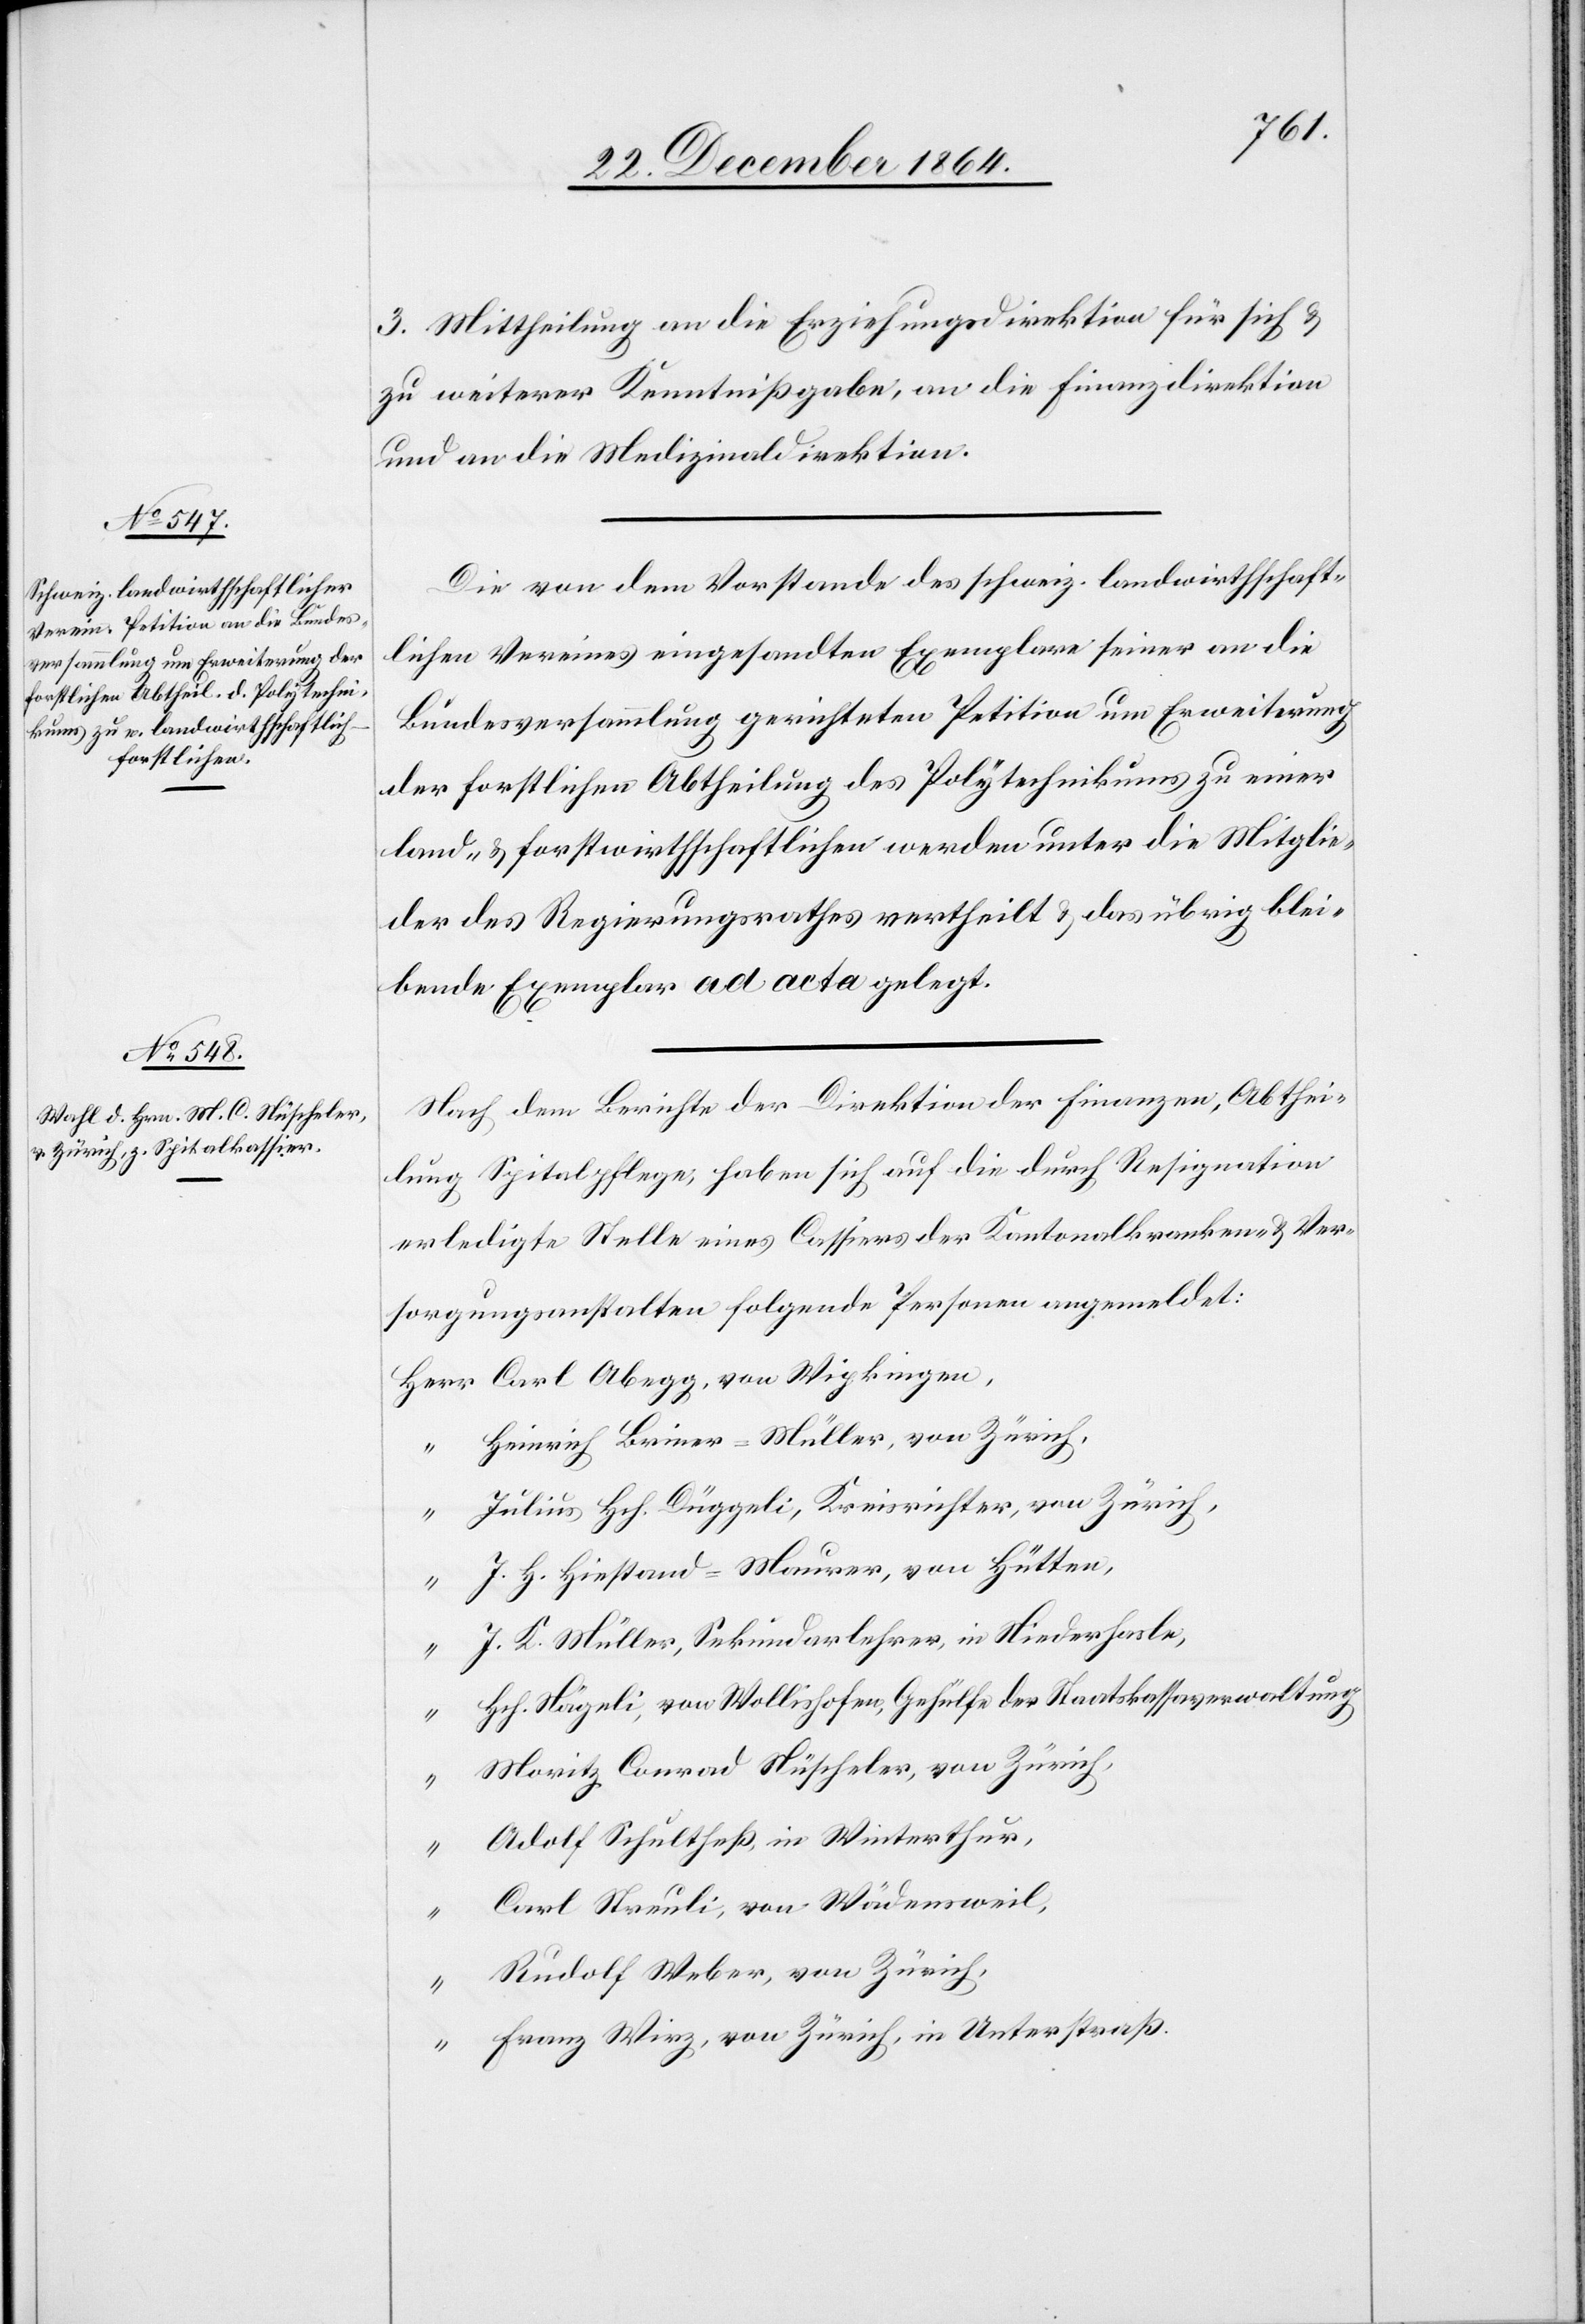
3. Mittheilung an die Erziehungsdirektion für sich &
zu weiterer Kenntnißgabe, an die Finanzdirektion
und an die Medizinaldirektion.
Die von dem Vorstande des schweiz. landwirthschaft¬
lichen Vereines eingesandten Exemplare seiner an die
Bundesversammlung gerichteten Petition um Erweiterung
der forstlichen Abtheilung des Polytechnikums zu einer
land- & forstwirthschaftlichen werden unter die Mitglie¬
der des Regierungsrathes vertheilt & das übrig blei¬
bende Exemplar ad acta gelegt.
Nach dem Berichte der Direktion der Finanzen, Abthei¬
lung Spitalpflege, haben sich auf die durch Resignation
erledigte Stelle eines Cassiers der Kantonalbanken & Ver¬
sorgungsanstalten folgende Personen angemeldet:
Heinrich Briner-Müller, von Zürich,
Julius Hch. Düggeli, Kreisrichter, von Zürich,
“
J. H. Hiestand-Maurer, von Hütten,
“
Hch. Nägeli, von Wollishofen, Gehülfe der Staatskassaverwaltung[,]
Moritz Conrad Nüscheler, von Zürich,
Adolf Schultheß, in Winterthur,
Carl Streuli, von Wädensweil,
“
Rudolf Weber, von Zürich,
Franz Wirz, von Zürich, in Unterstraß.